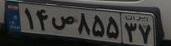
۱۴ص۸۵۵۳۷